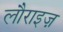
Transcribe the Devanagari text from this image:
लौराइज़